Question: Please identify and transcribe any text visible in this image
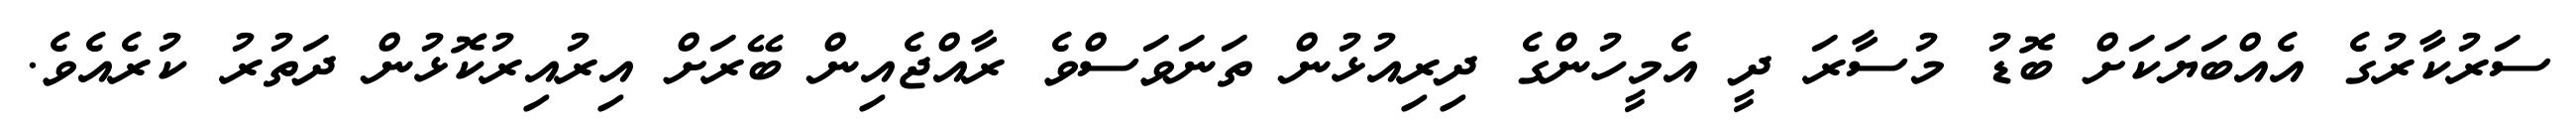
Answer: ސަރުކާރުގެ އެއްބަޔަކަށް ބޮޑު މުސާރަ ދީ އެމީހުންގެ ދިރިއުޅުން ތަނަވަސްވެ ރާއްޖެއިން ބޭރަށް އިރުއިރުކޮޅުން ދަތުރު ކުރެއެވެ.